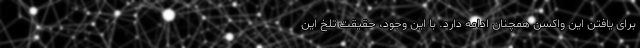
برای یافتن این واکسن همچنان ادامه دارد. با این وجود، حقیقت تلخ این